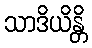
သာဒိယိန္တိ